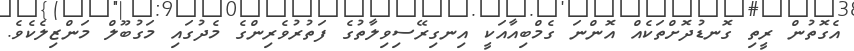
އެގޮތުން ރީތި ގޮނޑުދޮށްތަކެއް އޮންނަ ގެމްބިއާއަކީ އިނގިރޭސިވިލާތުގެ ފަތުރުވެރިންގެ މެދުގައި މަގުބޫލް މަންޒިލެކެވެ.